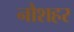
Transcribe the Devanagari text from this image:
नौशहर